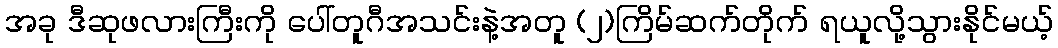
အခု ဒီဆုဖလားကြီးကို ပေါ်တူဂီအသင်းနဲ့အတူ (၂)ကြိမ်ဆက်တိုက် ရယူလို့သွားနိုင်မယ့်